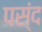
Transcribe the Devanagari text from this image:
पस्ंद